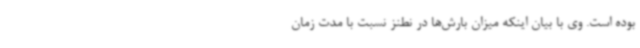
بوده است. وی با بیان اینکه میزان بارش‌ها در نطنز نسبت با مدت زمان